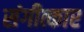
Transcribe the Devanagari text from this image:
संगीत्कार